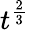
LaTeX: t^{\frac{2}{3}}